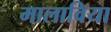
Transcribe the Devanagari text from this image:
मालाविया